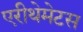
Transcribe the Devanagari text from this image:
एरीथेमेटस